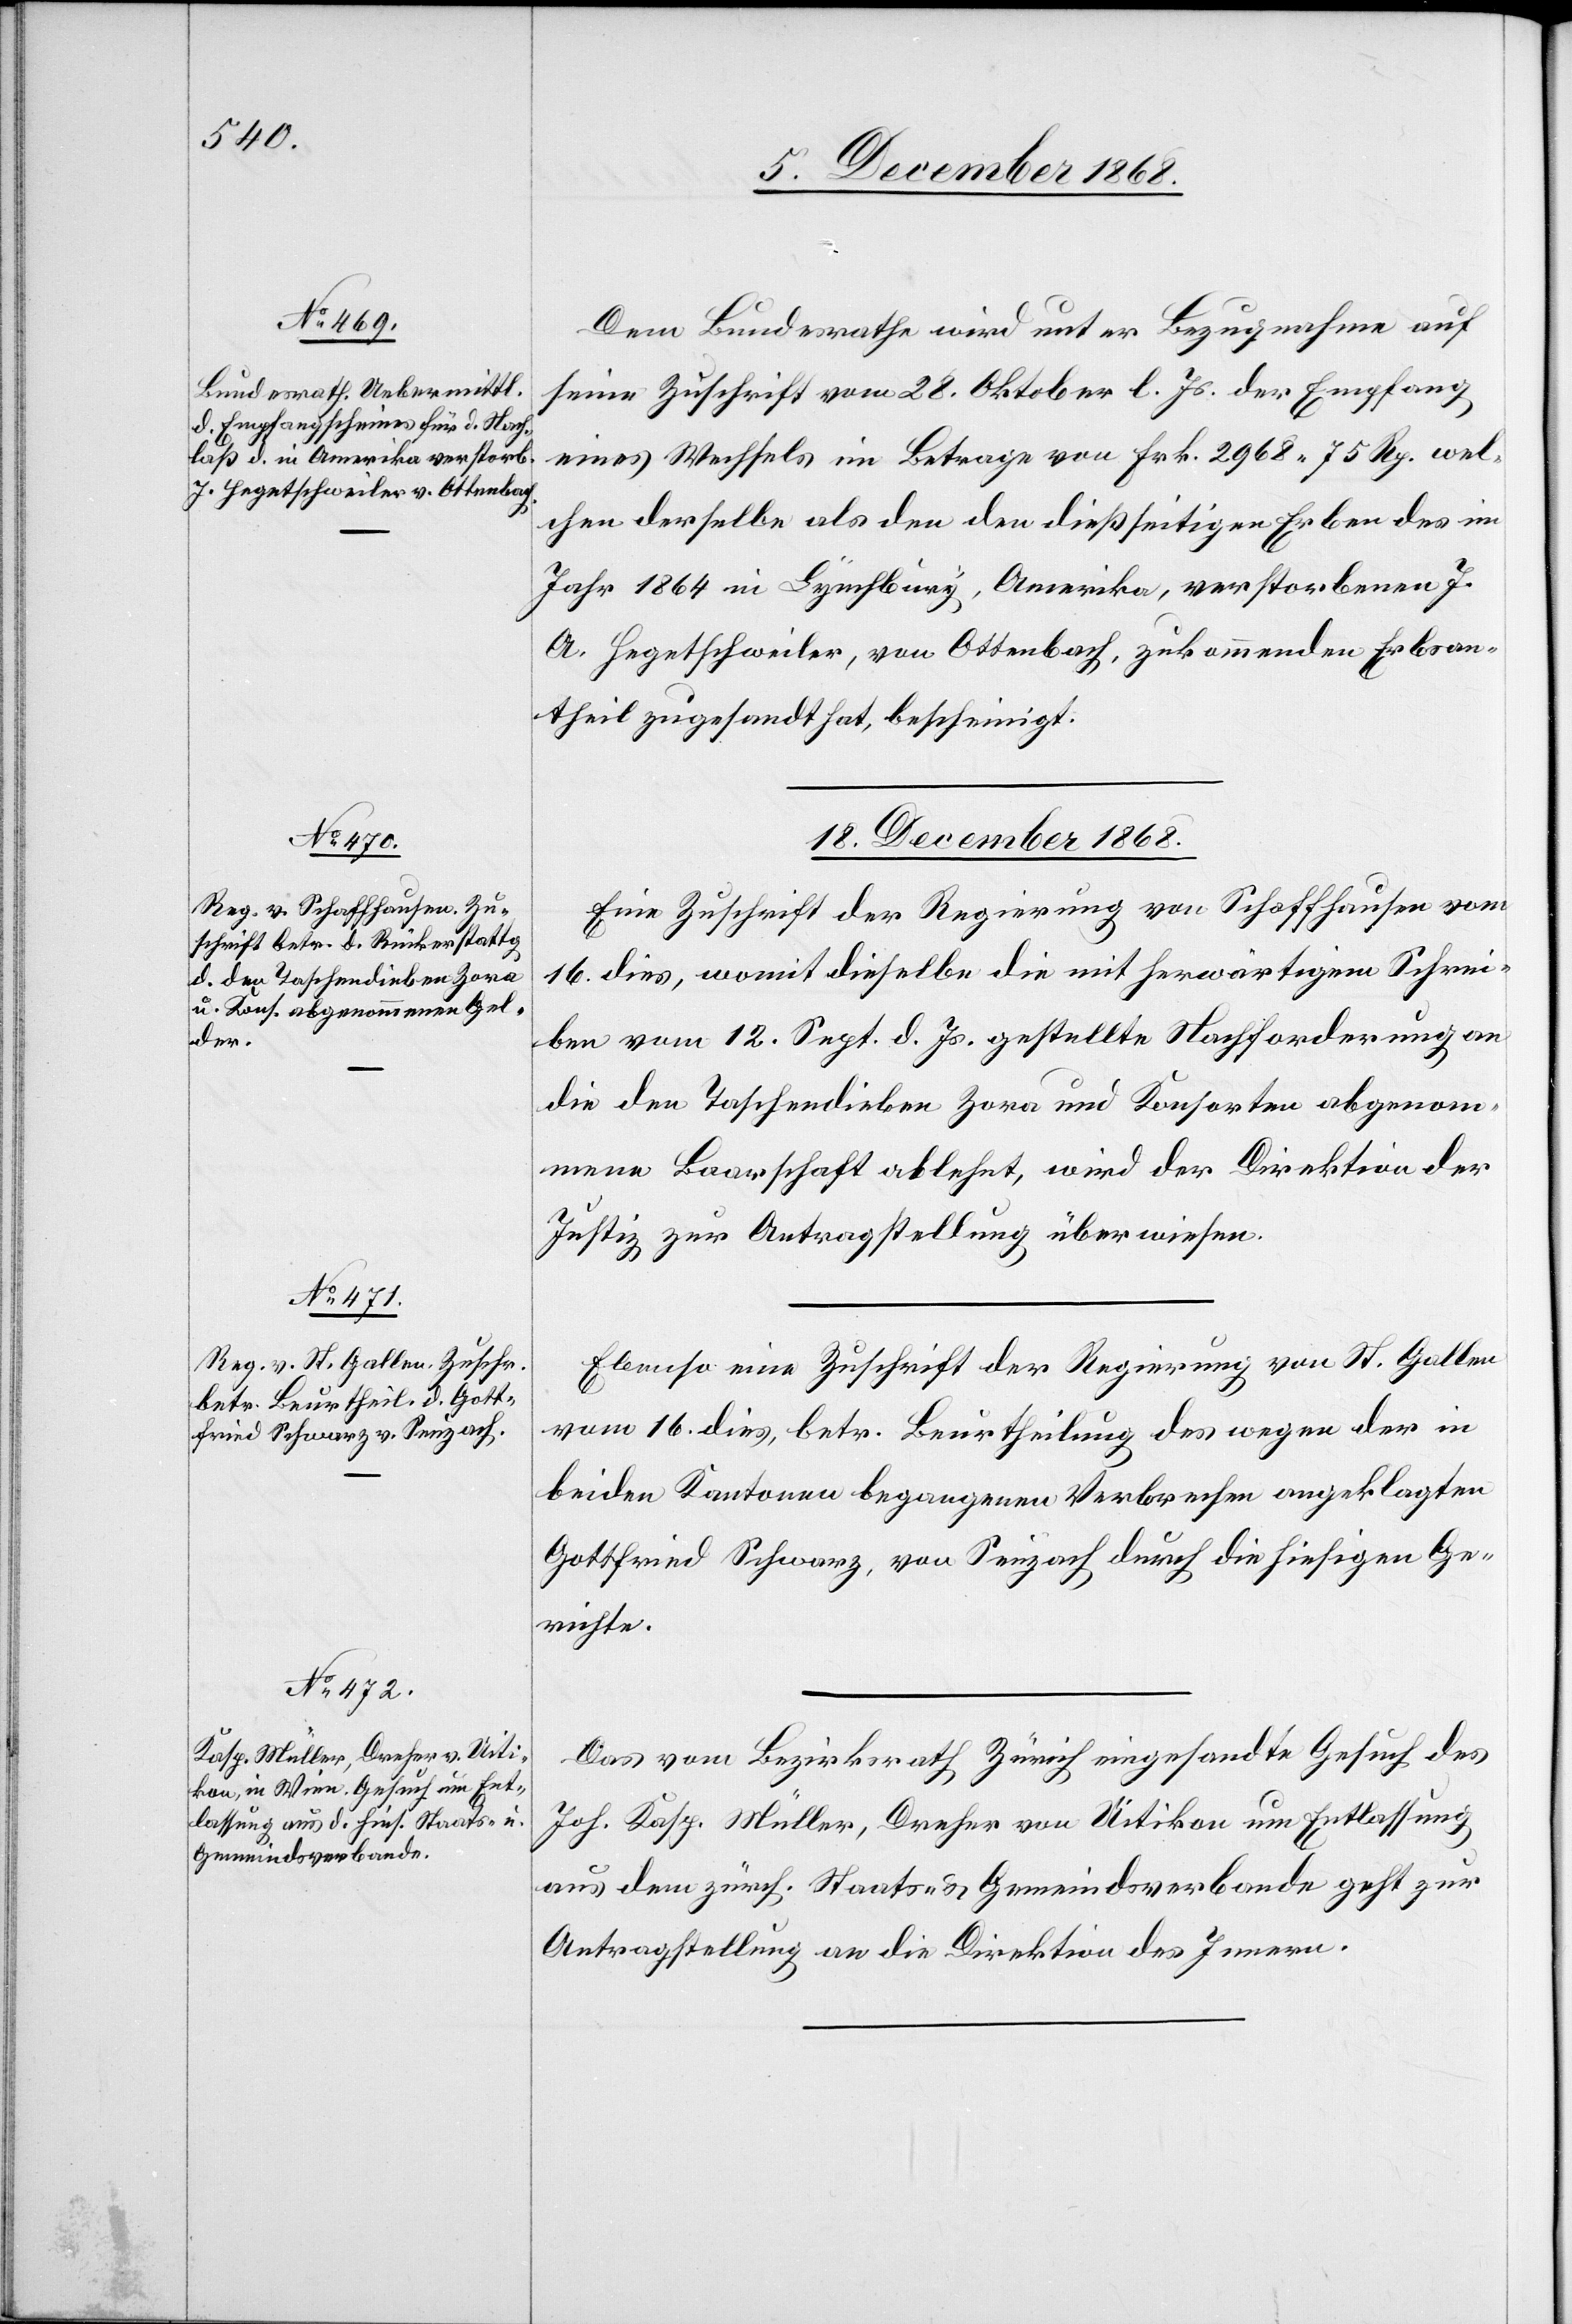
Dem Bundesrathe wird unter Bezugnahme auf
seine Zuschrift vom 28. Oktober l. Js. der Empfang
eines Wechsels im Betrage von Frk. 2968 75 Rp. wel¬
chen derselbe als den den dießseitigen Erben des im
Jahr 1864 in Lynchbury, Amerika, verstorbenen J.
A. Hegetschweiler, von Ottenbach, zukommenden Erbsan¬
theil zugesandt hat, bescheinigt.
18. December 1868.]
Eine Zuschrift der Regierung von Schaffhausen vom
16. dies, womit dieselbe die mit herwärtigem Schrei¬
ben vom 12. Sept. d. Js. gestellte Nachforderung an
die den Taschendieben Zora und Konsorten abgenom¬
mene Baarschaft ablehnt, wird der Direktion der
Justiz zur Antragstellung überwiesen.
Ebenso eine Zuschrift der Regierung von St. Gallen
vom 16. dies, betr. Beurtheilung des wegen der in
beiden Kantonen begangenen Verbrechen angeklagten
Gottfried Schwarz, von Seuzach durch die hiesigen Ge¬
richte.
Das vom Bezirksrath Zürich eingesandte Gesuch des
Joh. Kasp. Müller, Dreher von Uitikon um Entlassung
aus dem zürch. Staats- & Gemeindsverbande geht zur
Antragstellung an die Direktion des Innern.